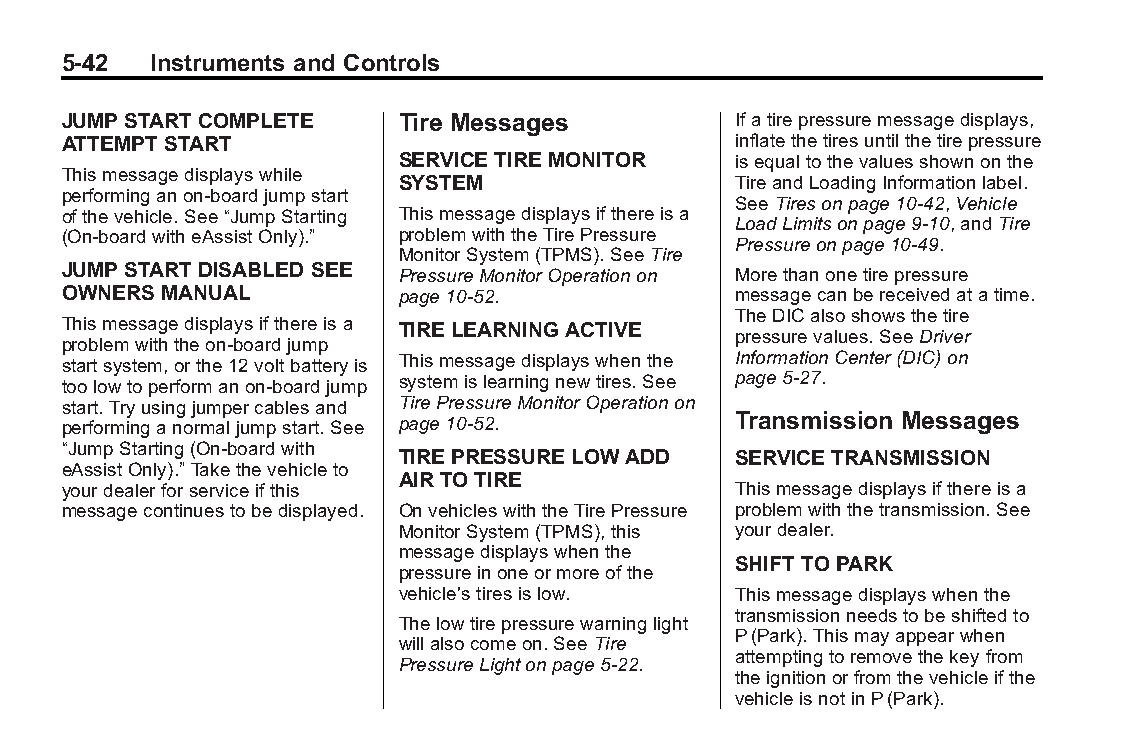
Buick LaCrosse Owner Manual (GMNA-Localizing-U.S./Canada/Mexico- Blackplate(42,1)
 6043609)-2014-2ndEdition-10/17/13
 5-42  Instruments and Controls
 JUMP START COMPLETE   Tire Messages         Ifatirepressuremessagedisplays,
 ATTEMPT START                               inflatethetiresuntilthetirepressure
 SERVICETIRE MONITOR   isequaltothevaluesshownonthe
 Thismessagedisplayswhile
 SYSTEM                TireandLoadingInformationlabel.
 performinganon-boardjumpstart
 SeeTiresonpage10-42,Vehicle
 ofthevehicle.See“JumpStarting Thismessagedisplaysifthereisa
 LoadLimitsonpage9-10,andTire
 (On-boardwitheAssistOnly).” problemwiththeTirePressure
 Pressureonpage10-49.
 MonitorSystem(TPMS).SeeTire
 JUMP START DISABLED SEE PressureMonitorOperationon Morethanonetirepressure
 OWNERS MANUAL         page10-52.            messagecanbereceivedatatime.
 TheDICalsoshowsthetire
 Thismessagedisplaysifthereisa TIRE LEARNING ACTIVE
 pressurevalues.SeeDriver
 problemwiththeon-boardjump
 startsystem,orthe12voltbatteryis Thismessagedisplayswhenthe InformationCenter(DIC)on
 toolowtoperformanon-boardjump systemislearningnewtires.See page5-27.
 start.Tryusingjumpercablesand TirePressureMonitorOperationon
 performinganormaljumpstart.See page10-52.   Transmission Messages
 “JumpStarting(On-boardwith
 TIRE PRESSURE LOWADD  SERVICETRANSMISSION
 eAssistOnly).”Takethevehicleto
 AIR TOTIRE
 yourdealerforserviceifthis                  Thismessagedisplaysifthereisa
 messagecontinuestobedisplayed. OnvehicleswiththeTirePressure problemwiththetransmission.See
 MonitorSystem(TPMS),this yourdealer.
 messagedisplayswhenthe
 SHIFT TOPARK
 pressureinoneormoreofthe
 vehicle'stiresislow.  Thismessagedisplayswhenthe
 transmissionneedstobeshiftedto
 Thelowtirepressurewarninglight
 P(Park).Thismayappearwhen
 willalsocomeon.SeeTire
 attemptingtoremovethekeyfrom
 PressureLightonpage5-22.
 theignitionorfromthevehicleifthe
 vehicleisnotinP(Park).